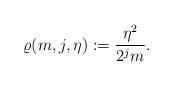
LaTeX: \begin{align*}\varrho(m,j,\eta):=\frac{\eta^2}{2^{j}m}.\end{align*}